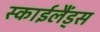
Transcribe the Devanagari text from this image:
स्‍काईलैंड्स